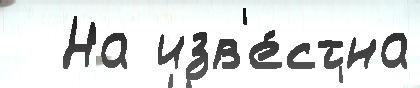
  На изв'е́стна